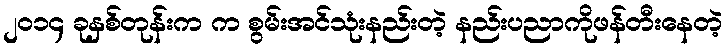
၂၀၁၄ ခုနှစ်တုန်းက က စွမ်းအင်သုံးနည်းတဲ့ နည်းပညာကိုဖန်တီးနေတဲ့